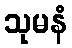
သုမနံ